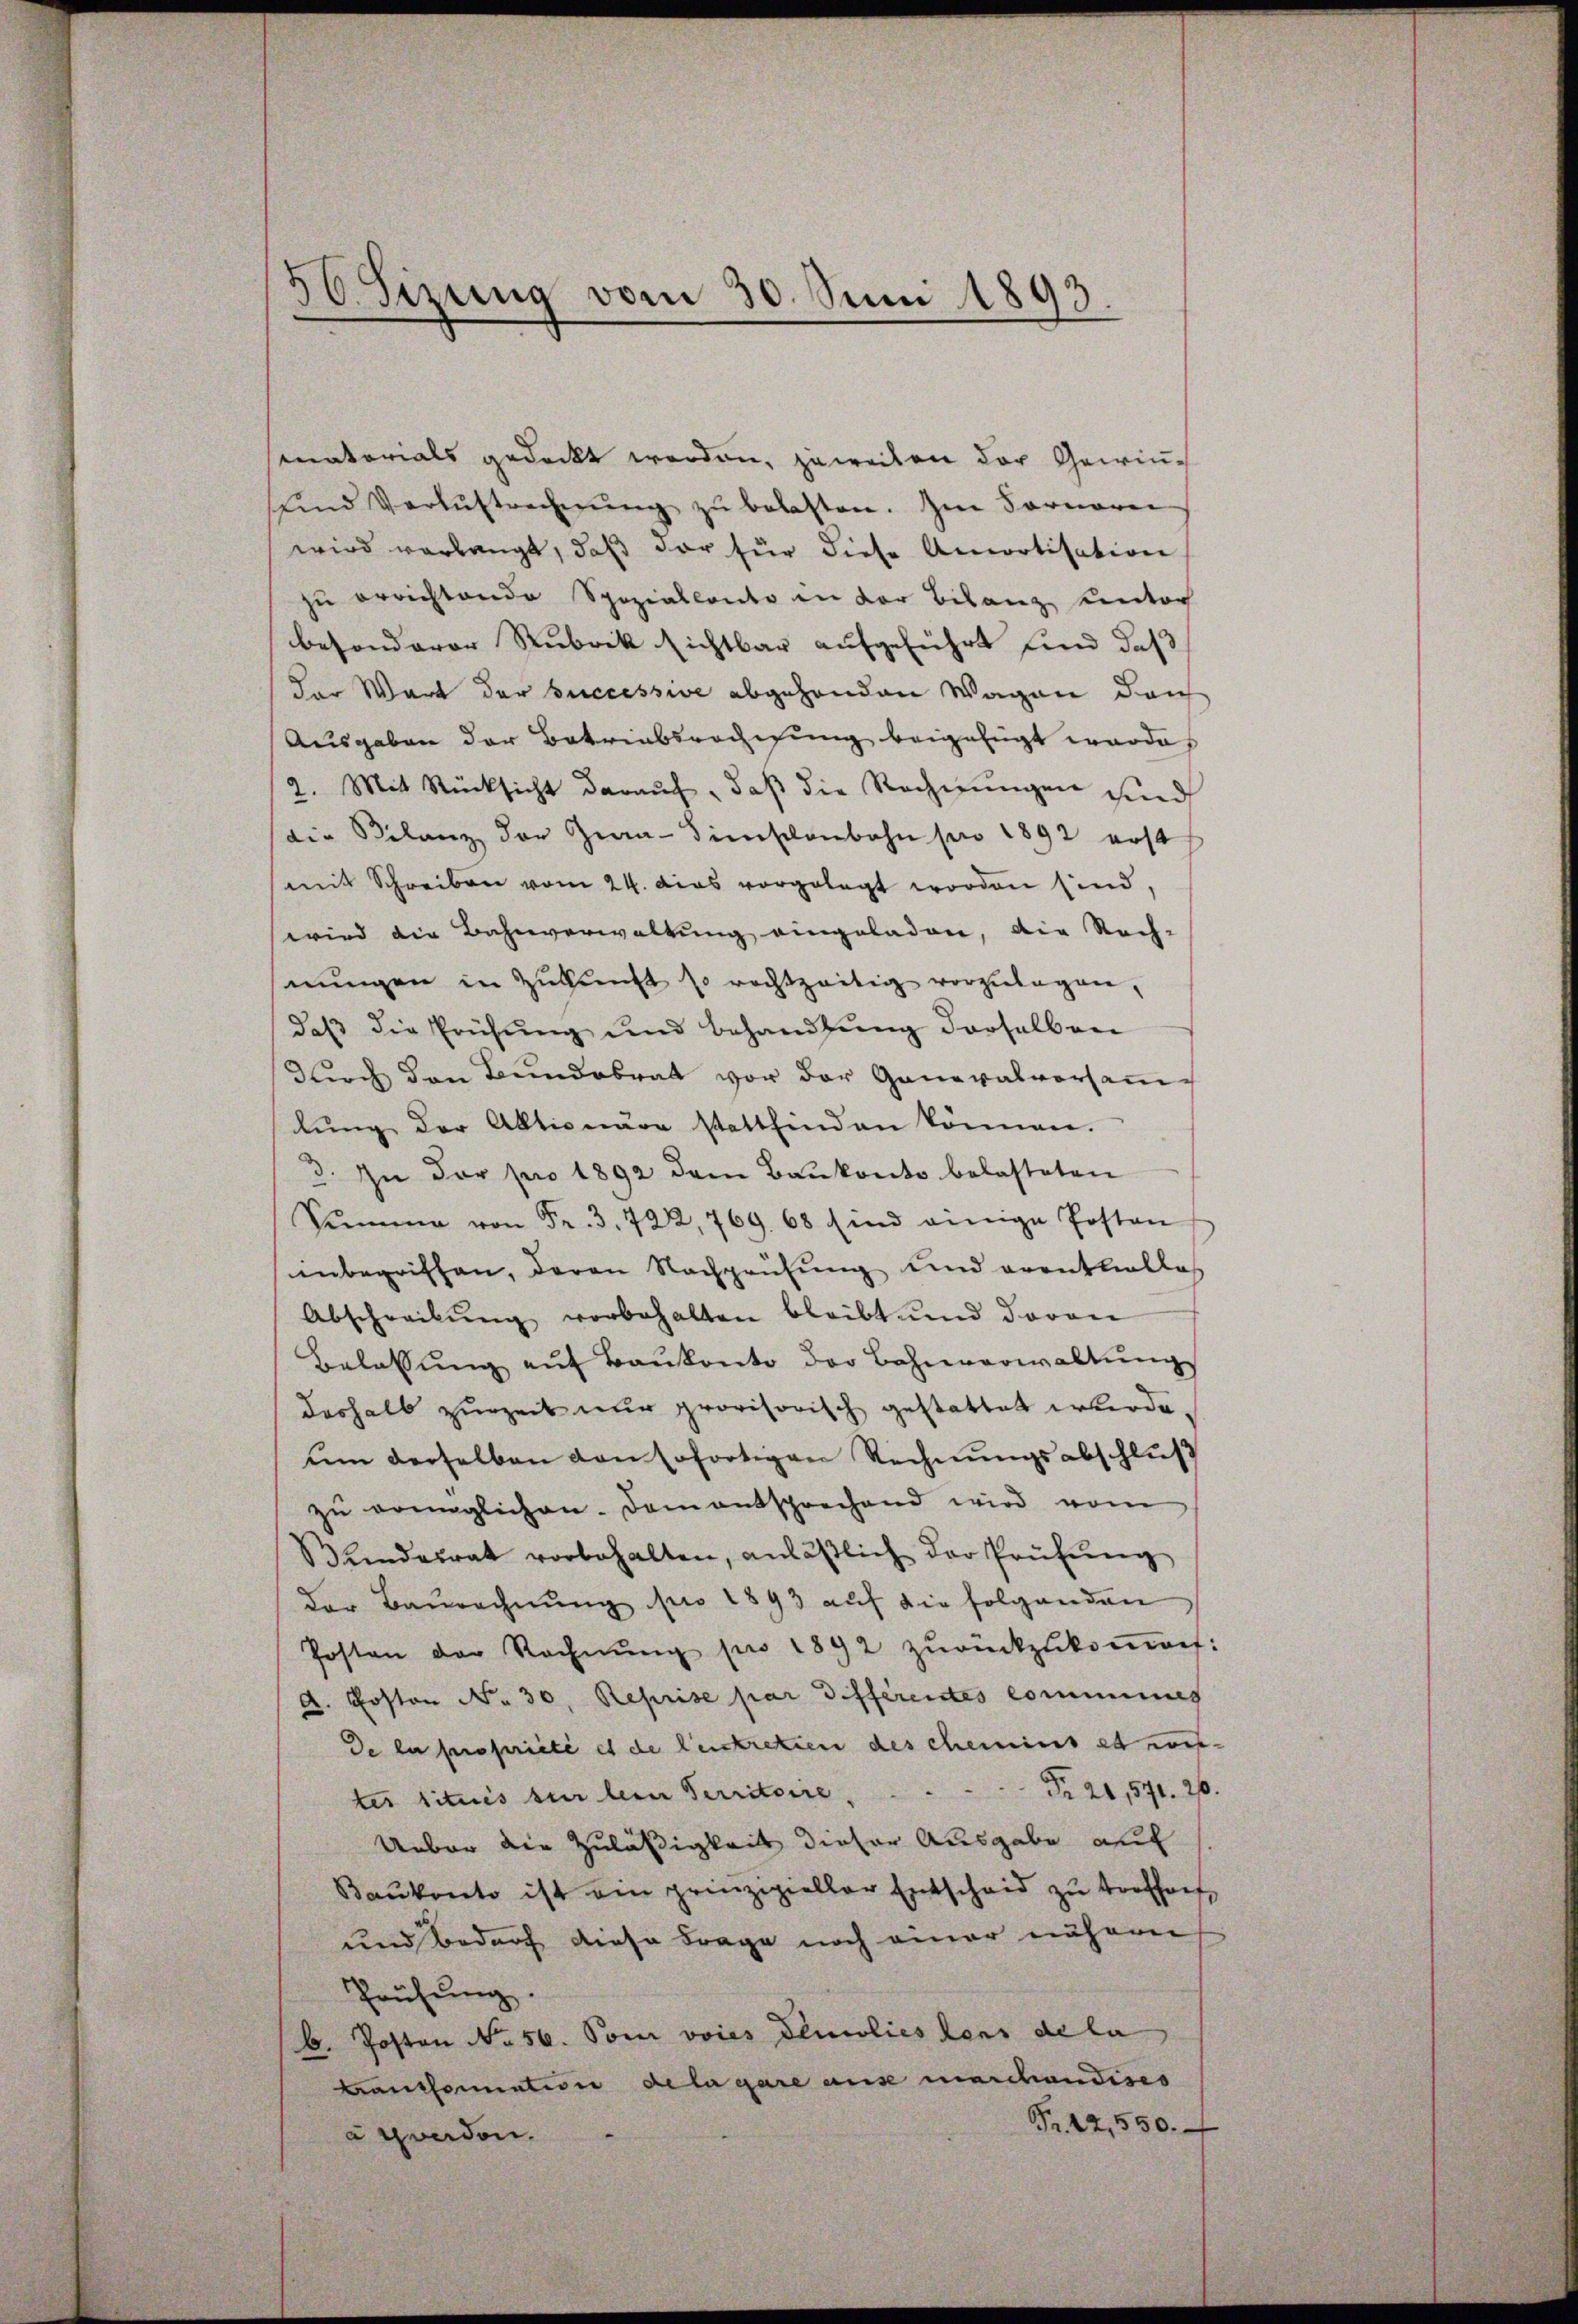
56 Sizung vom 30. Juni 1893.

matorials gedeckt worden, jeweilen der Gewinŭnd Verlustrecherŭng zŭ belasten. Im Fornerei
wird verlangt, daβ der für diese Amortisation
zu errichtende Spezialkonto in der Bilanz unter
besonderer Rubrik sichtbar aufgeführt und daß
der Wort der successive abgehenden Wagen den
Ausgaben der Botriabsrechisung beigefügt worde
2. Mit Rücksicht daraŭf, daβ die Rechnŭngen sind
die Bilanz der Gia-Simschenbahn pro 1892 erst
mit Schreiben vom 24. Das vorgelegt worden sind,
wird die Bahnverwaltung eingeladen, die Rech-
nungen in Zukunft so rechtzeitig vorzulegen,
daβ die Prüfŭng ŭnd behandlŭng derselben
Durch den Bundesrat vor der Generalvorsamlŭng der Aktionäre stattfinden können.
3. In der pro 1892 dem Baukonto belasteten
Summe von Fr. 3. 722, 769. 68 sind einige Posten
inbegriffen, deren Nachprüfung und erentliebtes
Abschreibŭng vorbehalten bleibt und daran
Belassŭng aŭf Baŭkonto der Bahnverwaltŭng
deshalb zurzeit nur provisorisch gestattet erkerde.
ŭm derselben von sofortigen Rechnŭngsabschlŭβ
zŭ ermöglichen Damentsprechend wird vom
Windesrat vorbehalten, anläβlich der Prüfŭng
der Baurechnŭng pro 1893 auf die folgenden
Posten der Rechnŭng pro 1892 zŭrückzŭkoṁen.
A. Poston No 30. Reprise par différentes commung
De la propriété est de leistretien des chemins et wes-
Nr. 26,571. 20.
ter titués sur lein Territoire,
Ueber die Zuläßigkeit dieser Ausgabe auf
Baukonto ist am prinzipieller Entscheid zu vorthof
und Bedarf diese Frage noch einer nähern
Prüfŭng.
b. Posten No. 56. Von voies Flurlies dens de la
Cantomation dela gare aus marchandises
Fr. 12,550.
à condon.